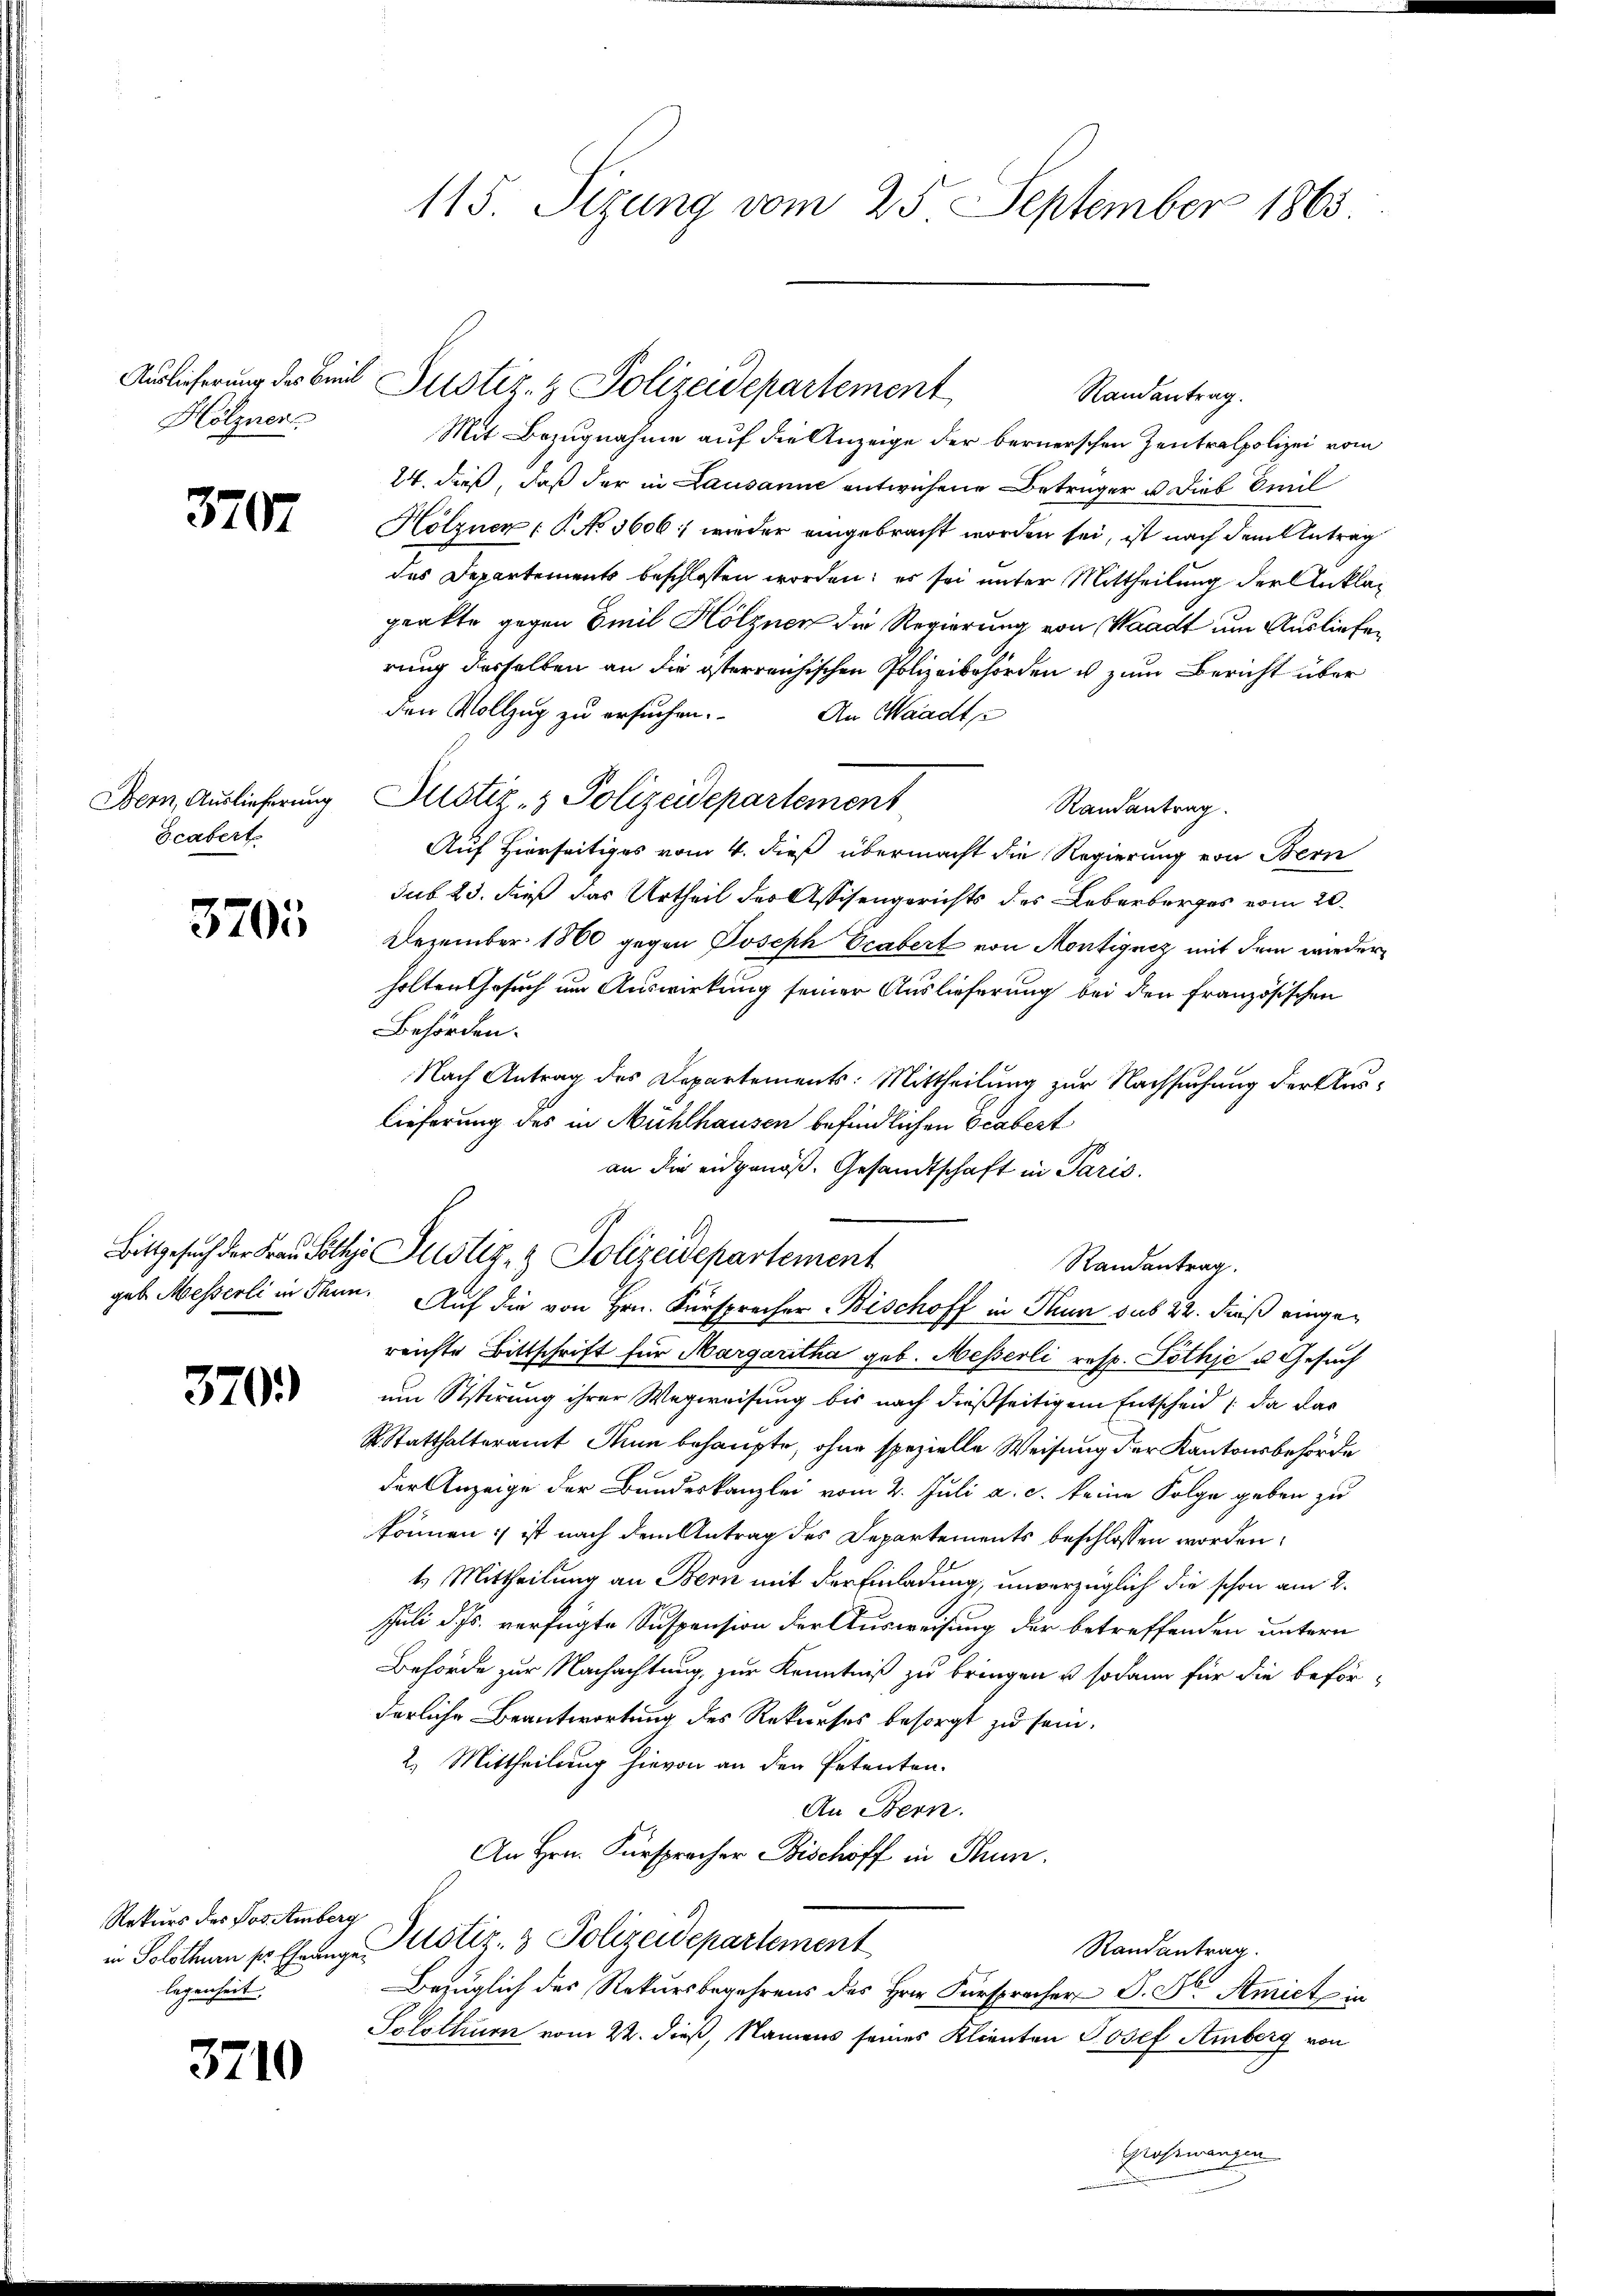
Hölzner

3707

Bern, Auslieferung
Scabert

3705

370.)

Rekurs des Jos. Amberg
legenheit

3210

Auslieferung des Beil Justiz- & Polizeidepartement
Randantrag.
Mit Bezugnahme auf die Anzeige der bernerschen Zentralpolizei vom
24. dieß, daß der in Lausanne entwichene Betrüger u. Dieb Emil
Hölznen P. No 3606; wieder eingebracht worden sei, ist nach dem Antrag
des Departements beschlossen worden; es sei unter Mittheilung der Anklaprakte gegen Emil Hölznen die Regierung von Waadt um Ausliefen
rung derselben an die österreichischen Polizeibehörden u zum Bericht über
den Vollzug zu ersuchen. An Waadt
Justiz- & Polizeidepartement
Randantrag.
Auf Hierseitiges vom 4. dieß übermacht die Regierung von Bern
sub 23. dieß das Urtheil des Assisengerichts des Leberberges vom 20.
Dezember 1860 gegen Joseph Ocabert von Montignez mit dem wiederholten Gesuch um Auswirkung seiner Auslieferung bei den Französischen
Behörden.
Nach Antrag des Departements: Mittheilung zur Nachsuchung der Auslieferung des in Mühlhausen befindlichen Grabert
an die eidgenöß. Gesandtschaft in Paris.
Bittgesuch der Frau Lothis Justiz- & Polizeidepartement

115. Sizung vom 25. September 1865.

Randantrag.
geb. Messerli in Thun. Auf die von Hrn. Fürsprecher Bischoff in Thun sub 22. dieß einge¬

reichte Bittschrift für Margaritha geb. Messerli resp. Lothje u. Gesuch
um Sistirung ihrer Wegweisung bis nach dießseitigem Entscheid da das
Statthalteramt Tun behaupte, ohne spezielle Weisung der Kantonsbehörde
der Anzeige der Bundeskanzlei vom 2. Juli a. c. keine Folge geben zu
können; ist nach dem Antrag des Departements beschlossen worden,
4 Mittheilung an Bern mit der Einladung, unverzüglich die schon am 2.
Juli d. Js. verfügte Suspension der Ausweisung der betreffenden untern
Behörde zur Nachachtung, zur Kenntniß zu bringen & sodann für die beförderliche Beantwortung des Rekurses besorgt zu sein.
2.) Mittheilung hievon an den Petenten.
An Stern.
An Hrn. Fürspracher Bischoff in Thun.
in Solothurn so Ehrung. Justiz- & Polizeidepartement
Randantrag
Bezüglich des Rekursbegehrens des Hrn. Fürspracher S. Dr. Amiet in
Solothur vom 22. dieß, Namens seines Klienten Josef Amberg von
Großwangen